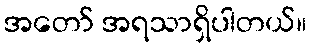
အတော် အရသာရှိပါတယ်။